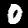
Label: 0